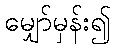
မျှော်မှန်း၍